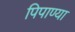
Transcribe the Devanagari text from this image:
पिपाण्या